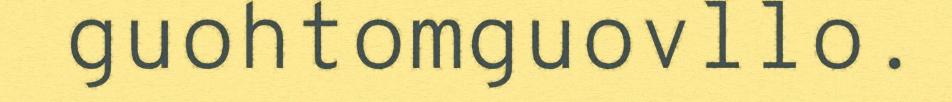
guohtomguovllo.